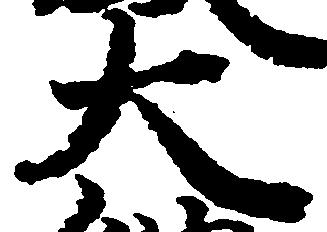
大